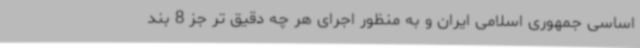
اساسی جمهوری اسلامی ایران و به منظور اجرای هر چه دقیق تر جز 8 بند